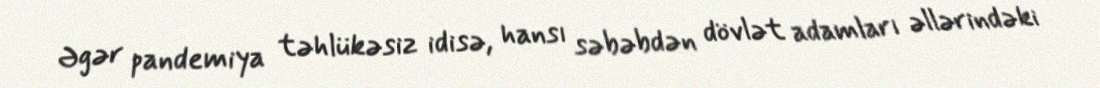
Əgər pandemiya təhlükəsiz idisə, hansı səbəbdən dövlət adamları əllərindəki